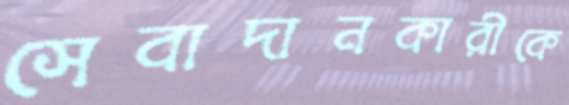
সেবাদানকারীকে